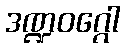
ဒဏ္ဍဝဂ္ဂေါ